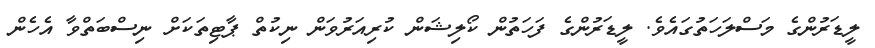
ލީޑަރުންގެ މަސްލަހަތުގައެވެ. ލީޑަރުންގެ ފަހަތުން ކޯލިޝަން ކުރިއަރުވަން ނިކުތް ޕާޓިތަކަށް ނިސްބަތްވާ އެހެން